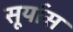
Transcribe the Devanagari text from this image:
सूर्यास